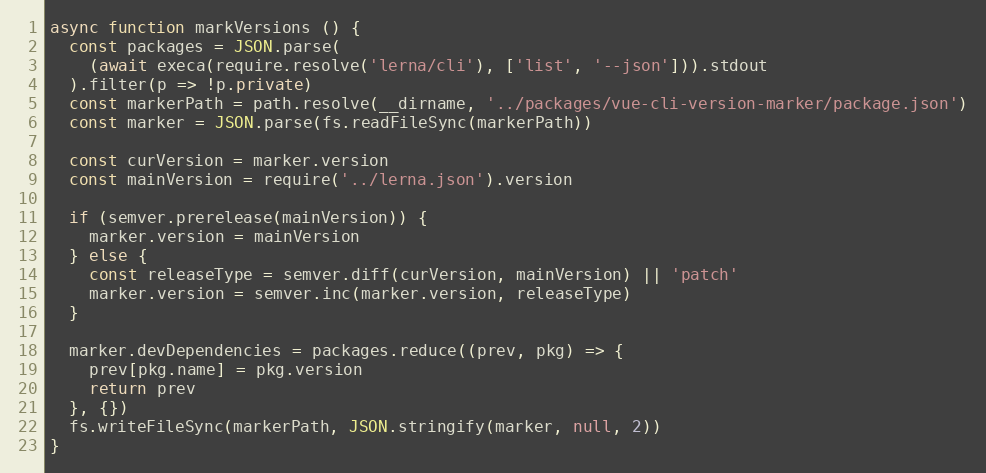
Language: JavaScript
async function markVersions () {
  const packages = JSON.parse(
    (await execa(require.resolve('lerna/cli'), ['list', '--json'])).stdout
  ).filter(p => !p.private)
  const markerPath = path.resolve(__dirname, '../packages/vue-cli-version-marker/package.json')
  const marker = JSON.parse(fs.readFileSync(markerPath))

  const curVersion = marker.version
  const mainVersion = require('../lerna.json').version

  if (semver.prerelease(mainVersion)) {
    marker.version = mainVersion
  } else {
    const releaseType = semver.diff(curVersion, mainVersion) || 'patch'
    marker.version = semver.inc(marker.version, releaseType)
  }

  marker.devDependencies = packages.reduce((prev, pkg) => {
    prev[pkg.name] = pkg.version
    return prev
  }, {})
  fs.writeFileSync(markerPath, JSON.stringify(marker, null, 2))
}